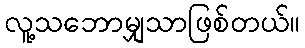
လူ့သဘောမျှသာဖြစ်တယ်။